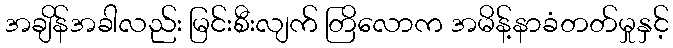
အချိန်အခါလည်း မြင်းစီးလျက် တြိလောက အမိန့်နာခံတတ်မှုနှင့်